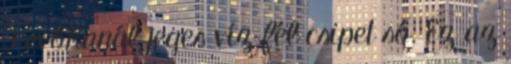
3 evőkanál jeges víz fél csipet só. Ez az